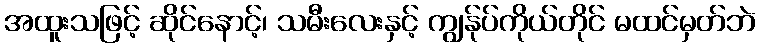
အထူးသဖြင့် ဆိုင်နောင့်၊ သမီးလေးနှင့် ကျွန်ုပ်ကိုယ်တိုင် မထင်မှတ်ဘဲ